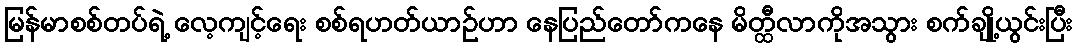
မြန်မာစစ်တပ်ရဲ့ လေ့ကျင့်ရေး စစ်ရဟတ်ယာဉ်ဟာ နေပြည်တော်ကနေ မိတ္ထီလာကိုအသွား စက်ချို့ယွင်းပြီး